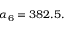
\begin{array} { r } { \alpha _ { 6 } = 3 8 2 . 5 . } \end{array}